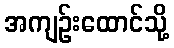
အကျဉ်းထောင်သို့